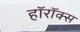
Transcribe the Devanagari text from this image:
हॉरॉक्स